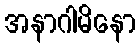
အနာဂါမိနော